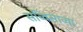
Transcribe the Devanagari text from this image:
सव्विसाव्या